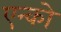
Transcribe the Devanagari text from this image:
एन्को